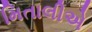
મિતાલીએ